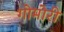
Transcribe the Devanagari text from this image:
गोमोरी